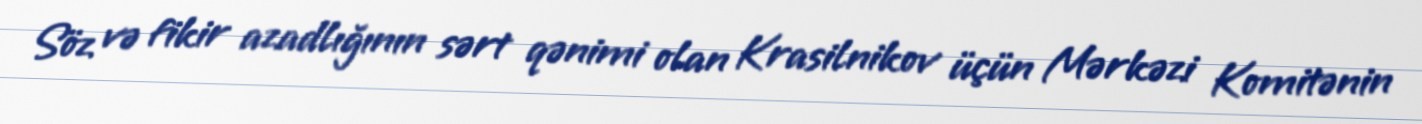
Söz və fikir azadlığının sərt qənimi olan Krasilnikov üçün Mərkəzi Komitənin